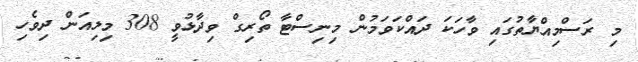
މި ރަސްމިއްޔާތުގައި ވާހަކަ ދައްކަވަމުން މިނިސްޓާ ތޯރިގް ވިދާޅުވީ 308 މިލިއަން ދިވެހި